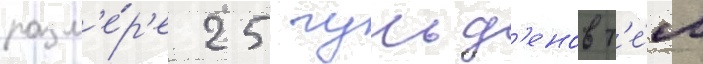
разм'е́р'е 25 гульд'енов т'е́м